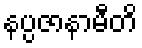
နပ္ပဇာနာမီတိ